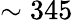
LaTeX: \sim 345